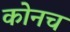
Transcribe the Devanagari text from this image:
कोनच